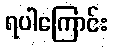
ရပါကြောင်း